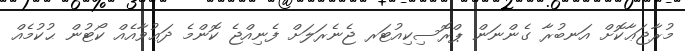
މުރާޖަޢާކޮށް އަނބުރާ ގެންނަން ޕްރޮސިކިއުޓަރ ޖެނެރަލަށް ފެނިއްޖެ ކޮންމެ ދަޢުވާއެއް ކޯޓުން ޙުކުމެއް